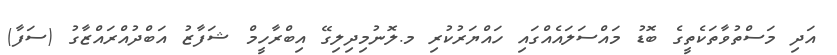
އަދި މަސްތުވާތަކެތީގެ ބޮޑު މައްސަލައެއްގައި ހައްޔަރުކުރި މ.ލޮނުމިދިލިގޭ އިބްރާހީމް ޝަފާޒު އަބްދުއްރައްޒާގު (ސަފާ)